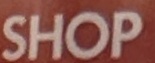
SHOP